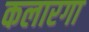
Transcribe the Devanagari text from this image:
कलारगा